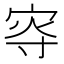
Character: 𡨎